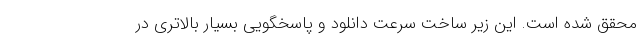
محقق شده است. این زیر ساخت سرعت دانلود و پاسخگویی بسیار بالاتری در